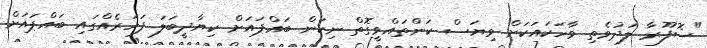
"ސޮފޫރާ ލަދުވެތި ވާހަކައަކަށް ވިޔަސް ކަންތައްވީގޮތް ނިކަން ބައްޕައަށް ކިޔާދީބަލަ ފަހަރެއްގައި ބައްޕައަށް